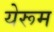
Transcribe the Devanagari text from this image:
येरूम